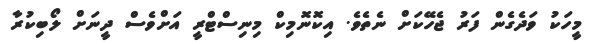
މީހަކު ވަދެގެން ފަރު ޖެހޭކަށް ނެތެވެ. އިކޮނޮމިކް މިނިސްޓްރީ އަށްވެސް ދީނަށް ލޯބިކުރާ